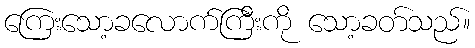
ကြေးသော့ခလောက်ကြီးကို သော့ခတ်သည်။